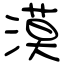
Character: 漠